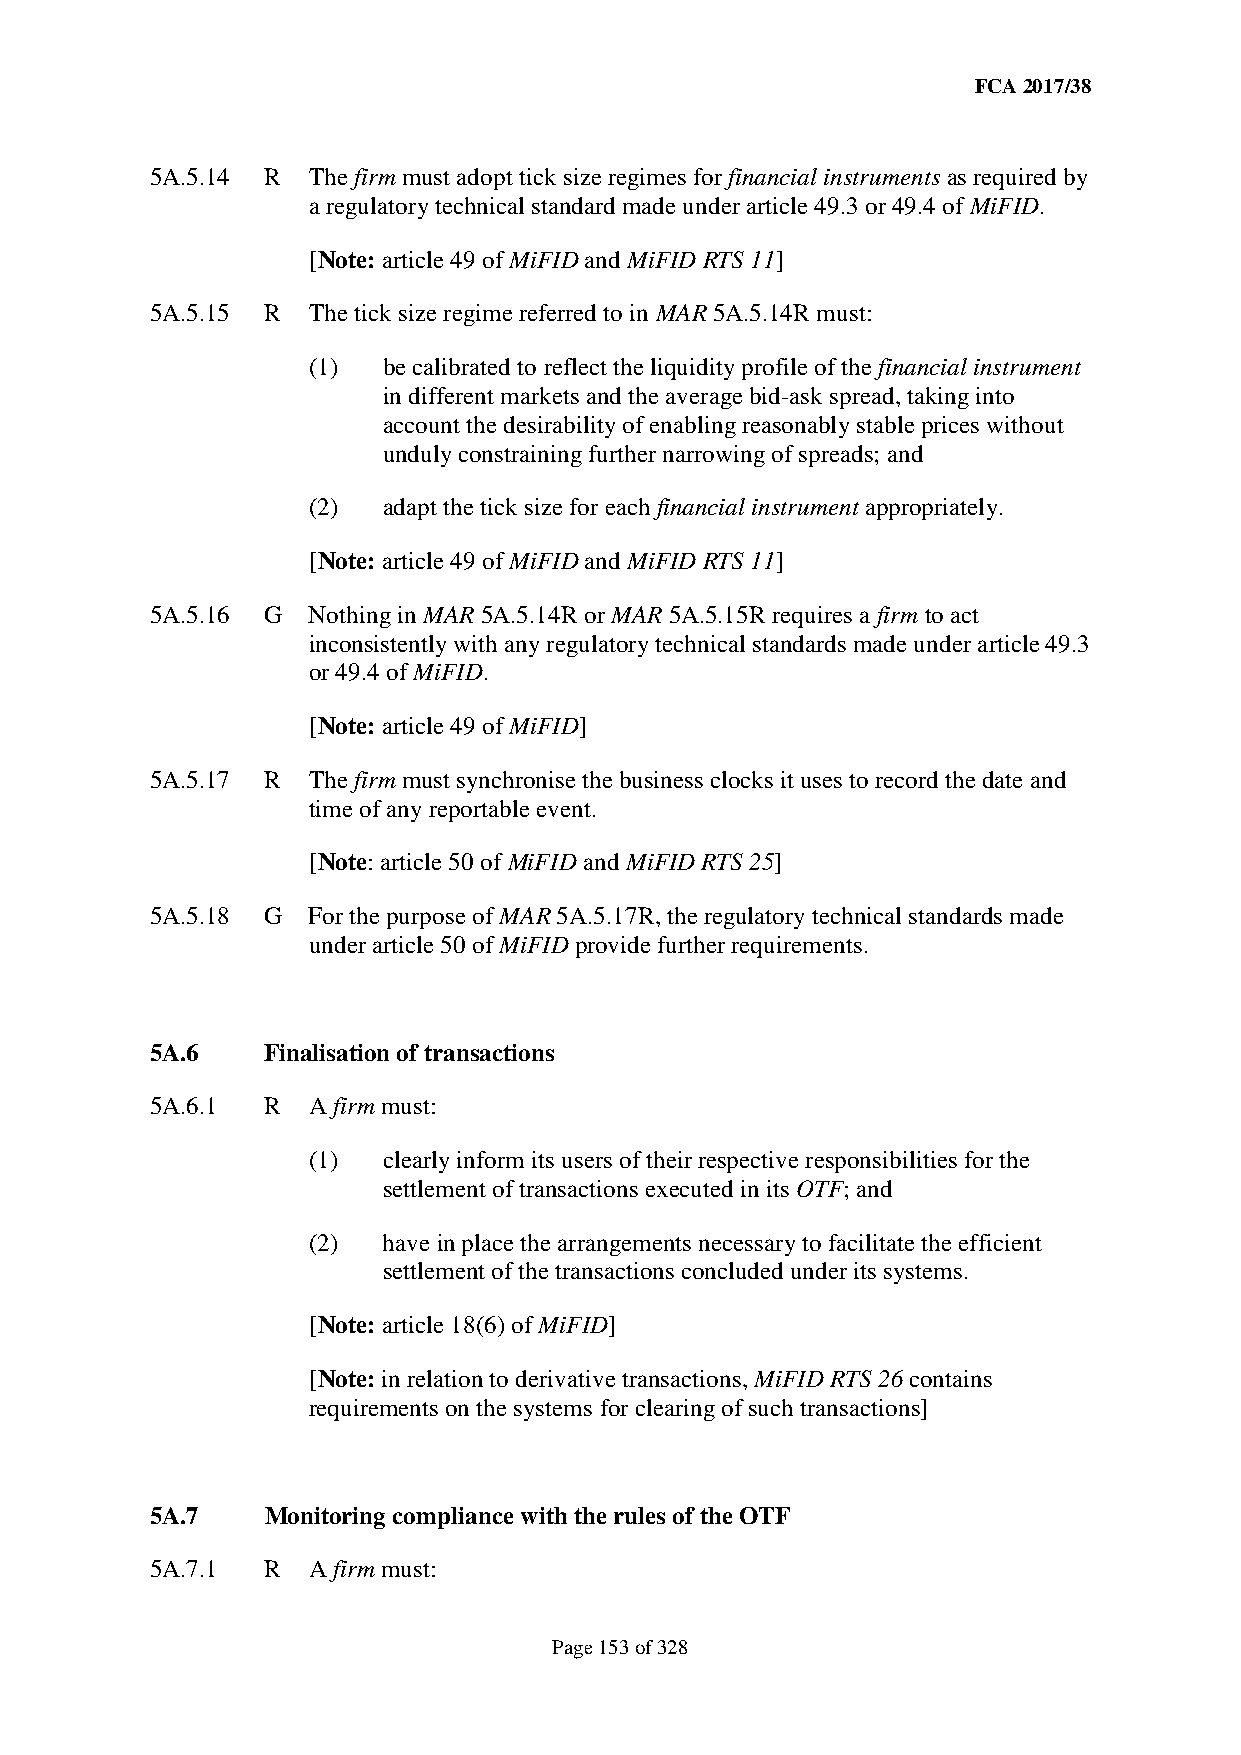
FCA 2017/38
 5A.5.14 R The firm must adopt tick size regimes for financial instruments as required by
 a regulatory technical standard made under article 49.3 or 49.4 of MiFID.
 [Note: article 49 of MiFID and MiFID RTS 11]
 5A.5.15 R The tick size regime referred to in MAR 5A.5.14R must:
 (1)  be calibrated to reflect the liquidity profile of the financial instrument
 in different markets and the average bid-ask spread, taking into
 account the desirability of enabling reasonably stable prices without
 unduly constraining further narrowing of spreads; and
 (2)  adapt the tick size for each financial instrument appropriately.
 [Note: article 49 of MiFID and MiFID RTS 11]
 5A.5.16 G Nothing in MAR 5A.5.14R or MAR 5A.5.15R requires a firm to act
 inconsistently with any regulatory technical standards made under article 49.3
 or 49.4 of MiFID.
 [Note: article 49 of MiFID]
 5A.5.17 R The firm must synchronise the business clocks it uses to record the date and
 time of any reportable event.
 [Note: article 50 of MiFID and MiFID RTS 25]
 5A.5.18 G For the purpose of MAR 5A.5.17R, the regulatory technical standards made
 under article 50 of MiFID provide further requirements.
 5A.6    Finalisation of transactions
 5A.6.1  R A firm must:
 (1)  clearly inform its users of their respective responsibilities for the
 settlement of transactions executed in its OTF; and
 (2)  have in place the arrangements necessary to facilitate the efficient
 settlement of the transactions concluded under its systems.
 [Note: article 18(6) of MiFID]
 [Note: in relation to derivative transactions, MiFID RTS 26 contains
 requirements on the systems for clearing of such transactions]
 5A.7    Monitoring compliance with the rules of the OTF
 5A.7.1  R A firm must:
 Page 153 of 328